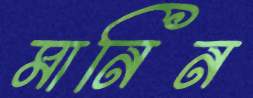
মানিন